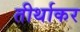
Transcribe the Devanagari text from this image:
तीर्थाकर